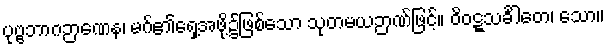
ပုဗ္ဗဘာဂဉာဏေန၊ မဂ်၏ရှေ့အဖို့၌ဖြစ်သော သုတမယဉာဏ်ဖြင့်။ ဝိဝဋ္ဋသင်္ခါတေ၊ သော။